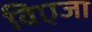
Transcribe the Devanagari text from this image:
विएजा